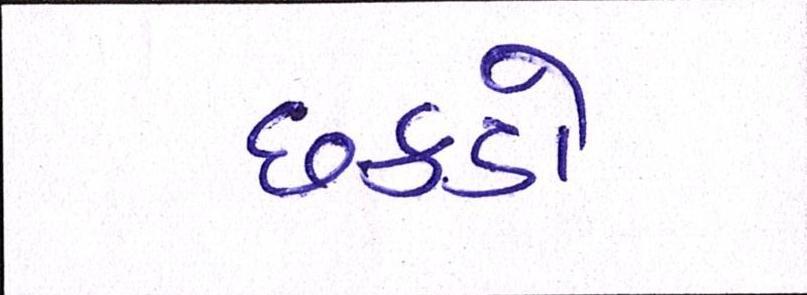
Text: છકડો